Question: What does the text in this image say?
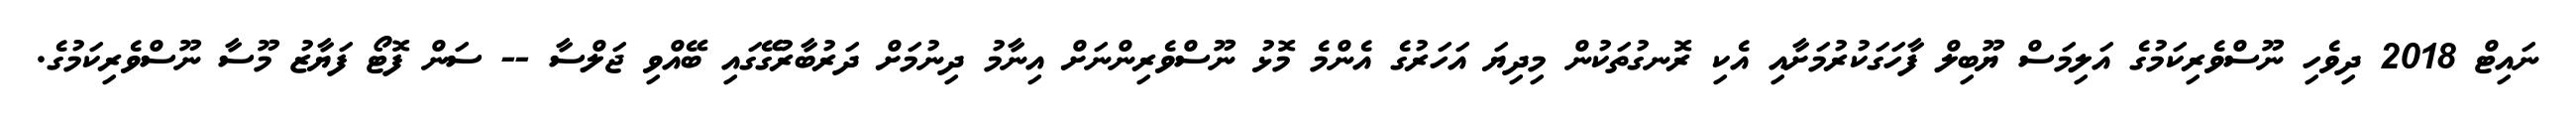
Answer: ނައިޓް 2018 ދިވެހި ނޫސްވެރިކަމުގެ އަލިމަސް ޔޫބިލް ފާހަގަކުރުމަށާއި އެކި ރޮނގުތަކުން މިދިޔަ އަހަރުގެ އެންމެ މޮޅު ނޫސްވެރިންނަށް އިނާމު ދިނުމަށް ދަރުބާރުގޭގައި ބޭއްވި ޖަލްސާ -- ސަން ފޮޓޯ ފަޔާޒު މޫސާ ނޫސްވެރިކަމުގެ.